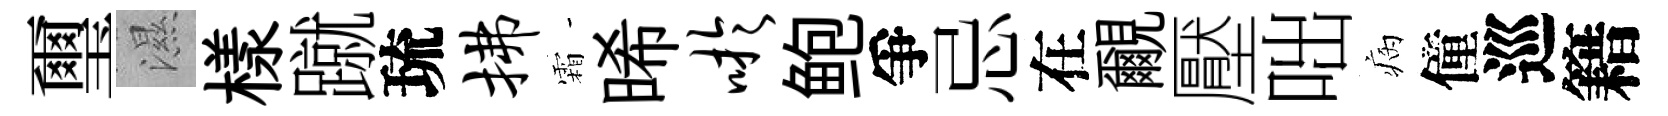
璽濕樣蹴琉拂霜晞吁鲍爭忌在覼壓咄病僮巡籍